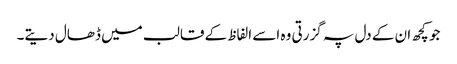
جو کچھ ان کے دل پہ گزرتی وہ اسے الفاظ کے قالب میں ڈھال دیتے۔